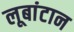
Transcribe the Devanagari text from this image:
लूबांटान